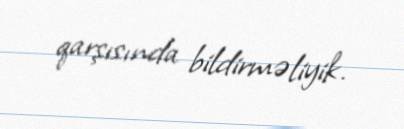
qarşısında bildirməliyik.